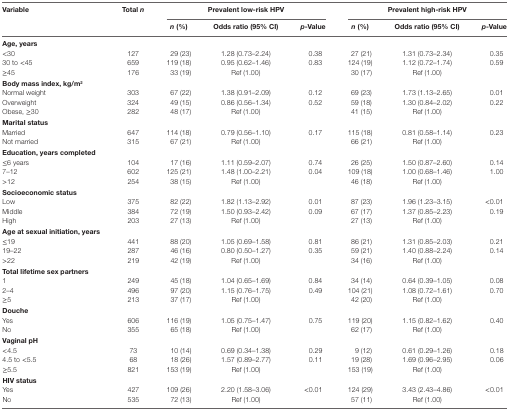
<table><thead><tr><td><b>Variable</b></td><td><b>Total <i>n</i></b></td><td colspan="3"><b>Prevalent low-risk HPV</b></td><td colspan="3"><b>Prevalent high-risk HPV</b></td></tr><tr><td></td><td></td><td><b><i>n</i> (%)</b></td><td><b>Odds ratio (95% CI)</b></td><td><b><i>p</i>-Value</b></td><td><b><i>n</i> (%)</b></td><td><b>Odds ratio (95% CI)</b></td><td><b><i>p</i>-Value</b></td></tr></thead><tbody><tr><td colspan="8"><b>Age, years</b></td></tr><tr><td>&lt;30</td><td>127</td><td>29 (23)</td><td>1.28 (0.73–2.24)</td><td>0.38</td><td>27 (21)</td><td>1.31 (0.73–2.34)</td><td>0.35</td></tr><tr><td>30 to &lt;45</td><td>659</td><td>119 (18)</td><td>0.95 (0.62–1.46)</td><td>0.83</td><td>124 (19)</td><td>1.12 (0.72–1.74)</td><td>0.59</td></tr><tr><td>≥45</td><td>176</td><td>33 (19)</td><td>Ref (1.00)</td><td></td><td>30 (17)</td><td>Ref (1.00)</td><td></td></tr><tr><td colspan="8"><b>Body mass index, kg/m<sup>2</sup></b></td></tr><tr><td>Normal weight</td><td>303</td><td>67 (22)</td><td>1.38 (0.91–2.09)</td><td>0.12</td><td>69 (23)</td><td>1.73 (1.13–2.65)</td><td>0.01</td></tr><tr><td>Overweight</td><td>324</td><td>49 (15)</td><td>0.86 (0.56–1.34)</td><td>0.52</td><td>59 (18)</td><td>1.30 (0.84–2.02)</td><td>0.22</td></tr><tr><td>Obese, ≥30</td><td>282</td><td>48 (17)</td><td>Ref (1.00)</td><td></td><td>41 (15)</td><td>Ref (1.00)</td><td></td></tr><tr><td colspan="8"><b>Marital status</b></td></tr><tr><td>Married</td><td>647</td><td>114 (18)</td><td>0.79 (0.56–1.10)</td><td>0.17</td><td>115 (18)</td><td>0.81 (0.58–1.14)</td><td>0.23</td></tr><tr><td>Not married</td><td>315</td><td>67 (21)</td><td>Ref (1.00)</td><td></td><td>66 (21)</td><td>Ref (1.00)</td><td></td></tr><tr><td colspan="8"><b>Education, years completed</b></td></tr><tr><td>≤6 years</td><td>104</td><td>17 (16)</td><td>1.11 (0.59–2.07)</td><td>0.74</td><td>26 (25)</td><td>1.50 (0.87–2.60)</td><td>0.14</td></tr><tr><td>7–12</td><td>602</td><td>125 (21)</td><td>1.48 (1.00–2.21)</td><td>0.04</td><td>109 (18)</td><td>1.00 (0.68–1.46)</td><td>1.00</td></tr><tr><td>&gt;12</td><td>254</td><td>38 (15)</td><td>Ref (1.00)</td><td></td><td>46 (18)</td><td>Ref (1.00)</td><td></td></tr><tr><td colspan="8"><b>Socioeconomic status</b></td></tr><tr><td>Low</td><td>375</td><td>82 (22)</td><td>1.82 (1.13–2.92)</td><td>0.01</td><td>87 (23)</td><td>1.96 (1.23–3.15)</td><td>&lt;0.01</td></tr><tr><td>Middle</td><td>384</td><td>72 (19)</td><td>1.50 (0.93–2.42)</td><td>0.09</td><td>67 (17)</td><td>1.37 (0.85–2.23)</td><td>0.19</td></tr><tr><td>High</td><td>203</td><td>27 (13)</td><td>Ref (1.00)</td><td></td><td>27 (13)</td><td>Ref (1.00)</td><td></td></tr><tr><td colspan="8"><b>Age at sexual initiation, years</b></td></tr><tr><td>≤19</td><td>441</td><td>88 (20)</td><td>1.05 (0.69–1.58)</td><td>0.81</td><td>86 (21)</td><td>1.31 (0.85–2.03)</td><td>0.21</td></tr><tr><td>19–22</td><td>287</td><td>46 (16)</td><td>0.80 (0.50–1.27)</td><td>0.35</td><td>59 (21)</td><td>1.40 (0.88–2.24)</td><td>0.14</td></tr><tr><td>&gt;22</td><td>219</td><td>42 (19)</td><td>Ref (1.00)</td><td></td><td>34 (16)</td><td>Ref (1.00)</td><td></td></tr><tr><td colspan="8"><b>Total lifetime sex partners</b></td></tr><tr><td>1</td><td>249</td><td>45 (18)</td><td>1.04 (0.65–1.69)</td><td>0.84</td><td>34 (14)</td><td>0.64 (0.39–1.05)</td><td>0.08</td></tr><tr><td>2–4</td><td>496</td><td>97 (20)</td><td>1.15 (0.76–1.75)</td><td>0.49</td><td>104 (21)</td><td>1.08 (0.72–1.61)</td><td>0.70</td></tr><tr><td>≥5</td><td>213</td><td>37 (17)</td><td>Ref (1.00)</td><td></td><td>42 (20)</td><td>Ref (1.00)</td><td></td></tr><tr><td colspan="8"><b>Douche</b></td></tr><tr><td>Yes</td><td>606</td><td>116 (19)</td><td>1.05 (0.75–1.47)</td><td>0.75</td><td>119 (20)</td><td>1.15 (0.82–1.62)</td><td>0.40</td></tr><tr><td>No</td><td>355</td><td>65 (18)</td><td>Ref (1.00)</td><td></td><td>62 (17)</td><td>Ref (1.00)</td><td></td></tr><tr><td colspan="8"><b>Vaginal pH</b></td></tr><tr><td>&lt;4.5</td><td>73</td><td>10 (14)</td><td>0.69 (0.34–1.38)</td><td>0.29</td><td>9 (12)</td><td>0.61 (0.29–1.26)</td><td>0.18</td></tr><tr><td>4.5 to &lt;5.5</td><td>68</td><td>18 (26)</td><td>1.57 (0.89–2.77)</td><td>0.11</td><td>19 (28)</td><td>1.69 (0.96–2.95)</td><td>0.06</td></tr><tr><td>≥5.5</td><td>821</td><td>153 (19)</td><td>Ref (1.00)</td><td></td><td>153 (19)</td><td>Ref (1.00)</td><td></td></tr><tr><td colspan="8"><b>HIV status</b></td></tr><tr><td>Yes</td><td>427</td><td>109 (26)</td><td>2.20 (1.58–3.06)</td><td>&lt;0.01</td><td>124 (29)</td><td>3.43 (2.43–4.86)</td><td>&lt;0.01</td></tr><tr><td>No</td><td>535</td><td>72 (13)</td><td>Ref (1.00)</td><td></td><td>57 (11)</td><td>Ref (1.00)</td><td></td></tr></tbody></table>